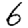
Digit: 6